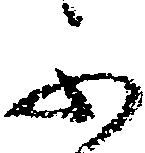
不